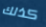
كذلك